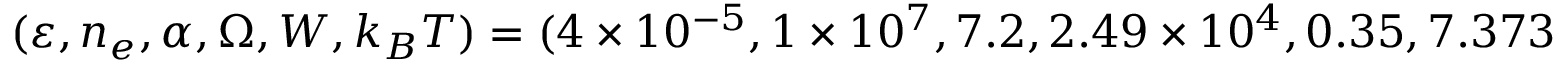
( \varepsilon , n _ { e } , \alpha , \Omega , W , k _ { B } T ) = ( 4 \times 1 0 ^ { - 5 } , 1 \times 1 0 ^ { 7 } , 7 . 2 , 2 . 4 9 \times 1 0 ^ { 4 } , 0 . 3 5 , 7 . 3 7 3